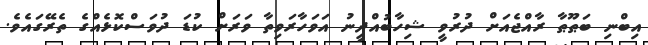
އިބްނި ބަޠޫޠާ ރާއްޖެއަށް ދުރުވީ ޝިހާބުއްދީނު އަވަހާރަވިތާ ވަރަށް ކުޑަ ދުވަސްކޮޅެއްގެ ތެރޭގައެވެ.